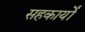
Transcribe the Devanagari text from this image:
सहकार्यों